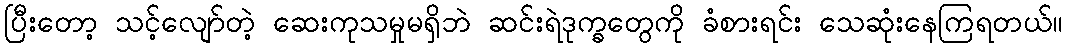
ပြီးတော့ သင့်လျော်တဲ့ ဆေးကုသမှုမရှိဘဲ ဆင်းရဲဒုက္ခတွေကို ခံစားရင်း သေဆုံးနေကြရတယ်။